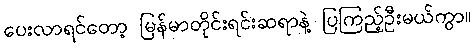
ပေးလာရင်တော့ မြန်မာတိုင်းရင်းဆရာနဲ့ ပြကြည့်ဦးမယ်ကွာ။